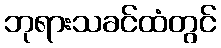
ဘုရားသခင်ထံတွင်